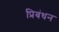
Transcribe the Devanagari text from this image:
प्रिबंधन